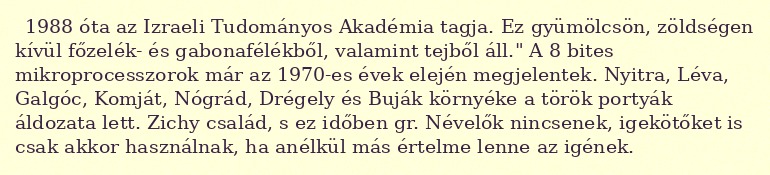
1988 óta az Izraeli Tudományos Akadémia tagja. Ez gyümölcsön, zöldségen kívül főzelék- és gabonafélékből, valamint tejből áll." A 8 bites mikroprocesszorok már az 1970-es évek elején megjelentek. Nyitra, Léva, Galgóc, Komját, Nógrád, Drégely és Buják környéke a török portyák áldozata lett. Zichy család, s ez időben gr. Névelők nincsenek, igekötőket is csak akkor használnak, ha anélkül más értelme lenne az igének.